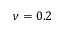
\nu = 0 . 2